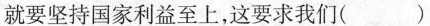
就要坚持国家利益至上，这要求我们（）